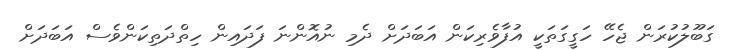
ގަބޫލުކުރަން ޖެހޭ ހަގީގަތަކީ އުފާވެރިކަން އަބަދަށް ދެމި ނުއޮންނަ ފަދައިން ހިތްދަތިކަންވެސް އަބަދަށް